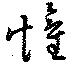
懽